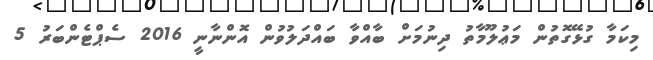
މިކަމާ ގުޅޭގޮތުން މަޢުލޫމާތު ދިނުމަށް ބާއްވާ ބައްދަލުވުން އޮންނާނީ 2016 ސެޕްޓެންބަރު 5